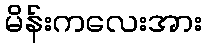
မိန်းကလေးအား